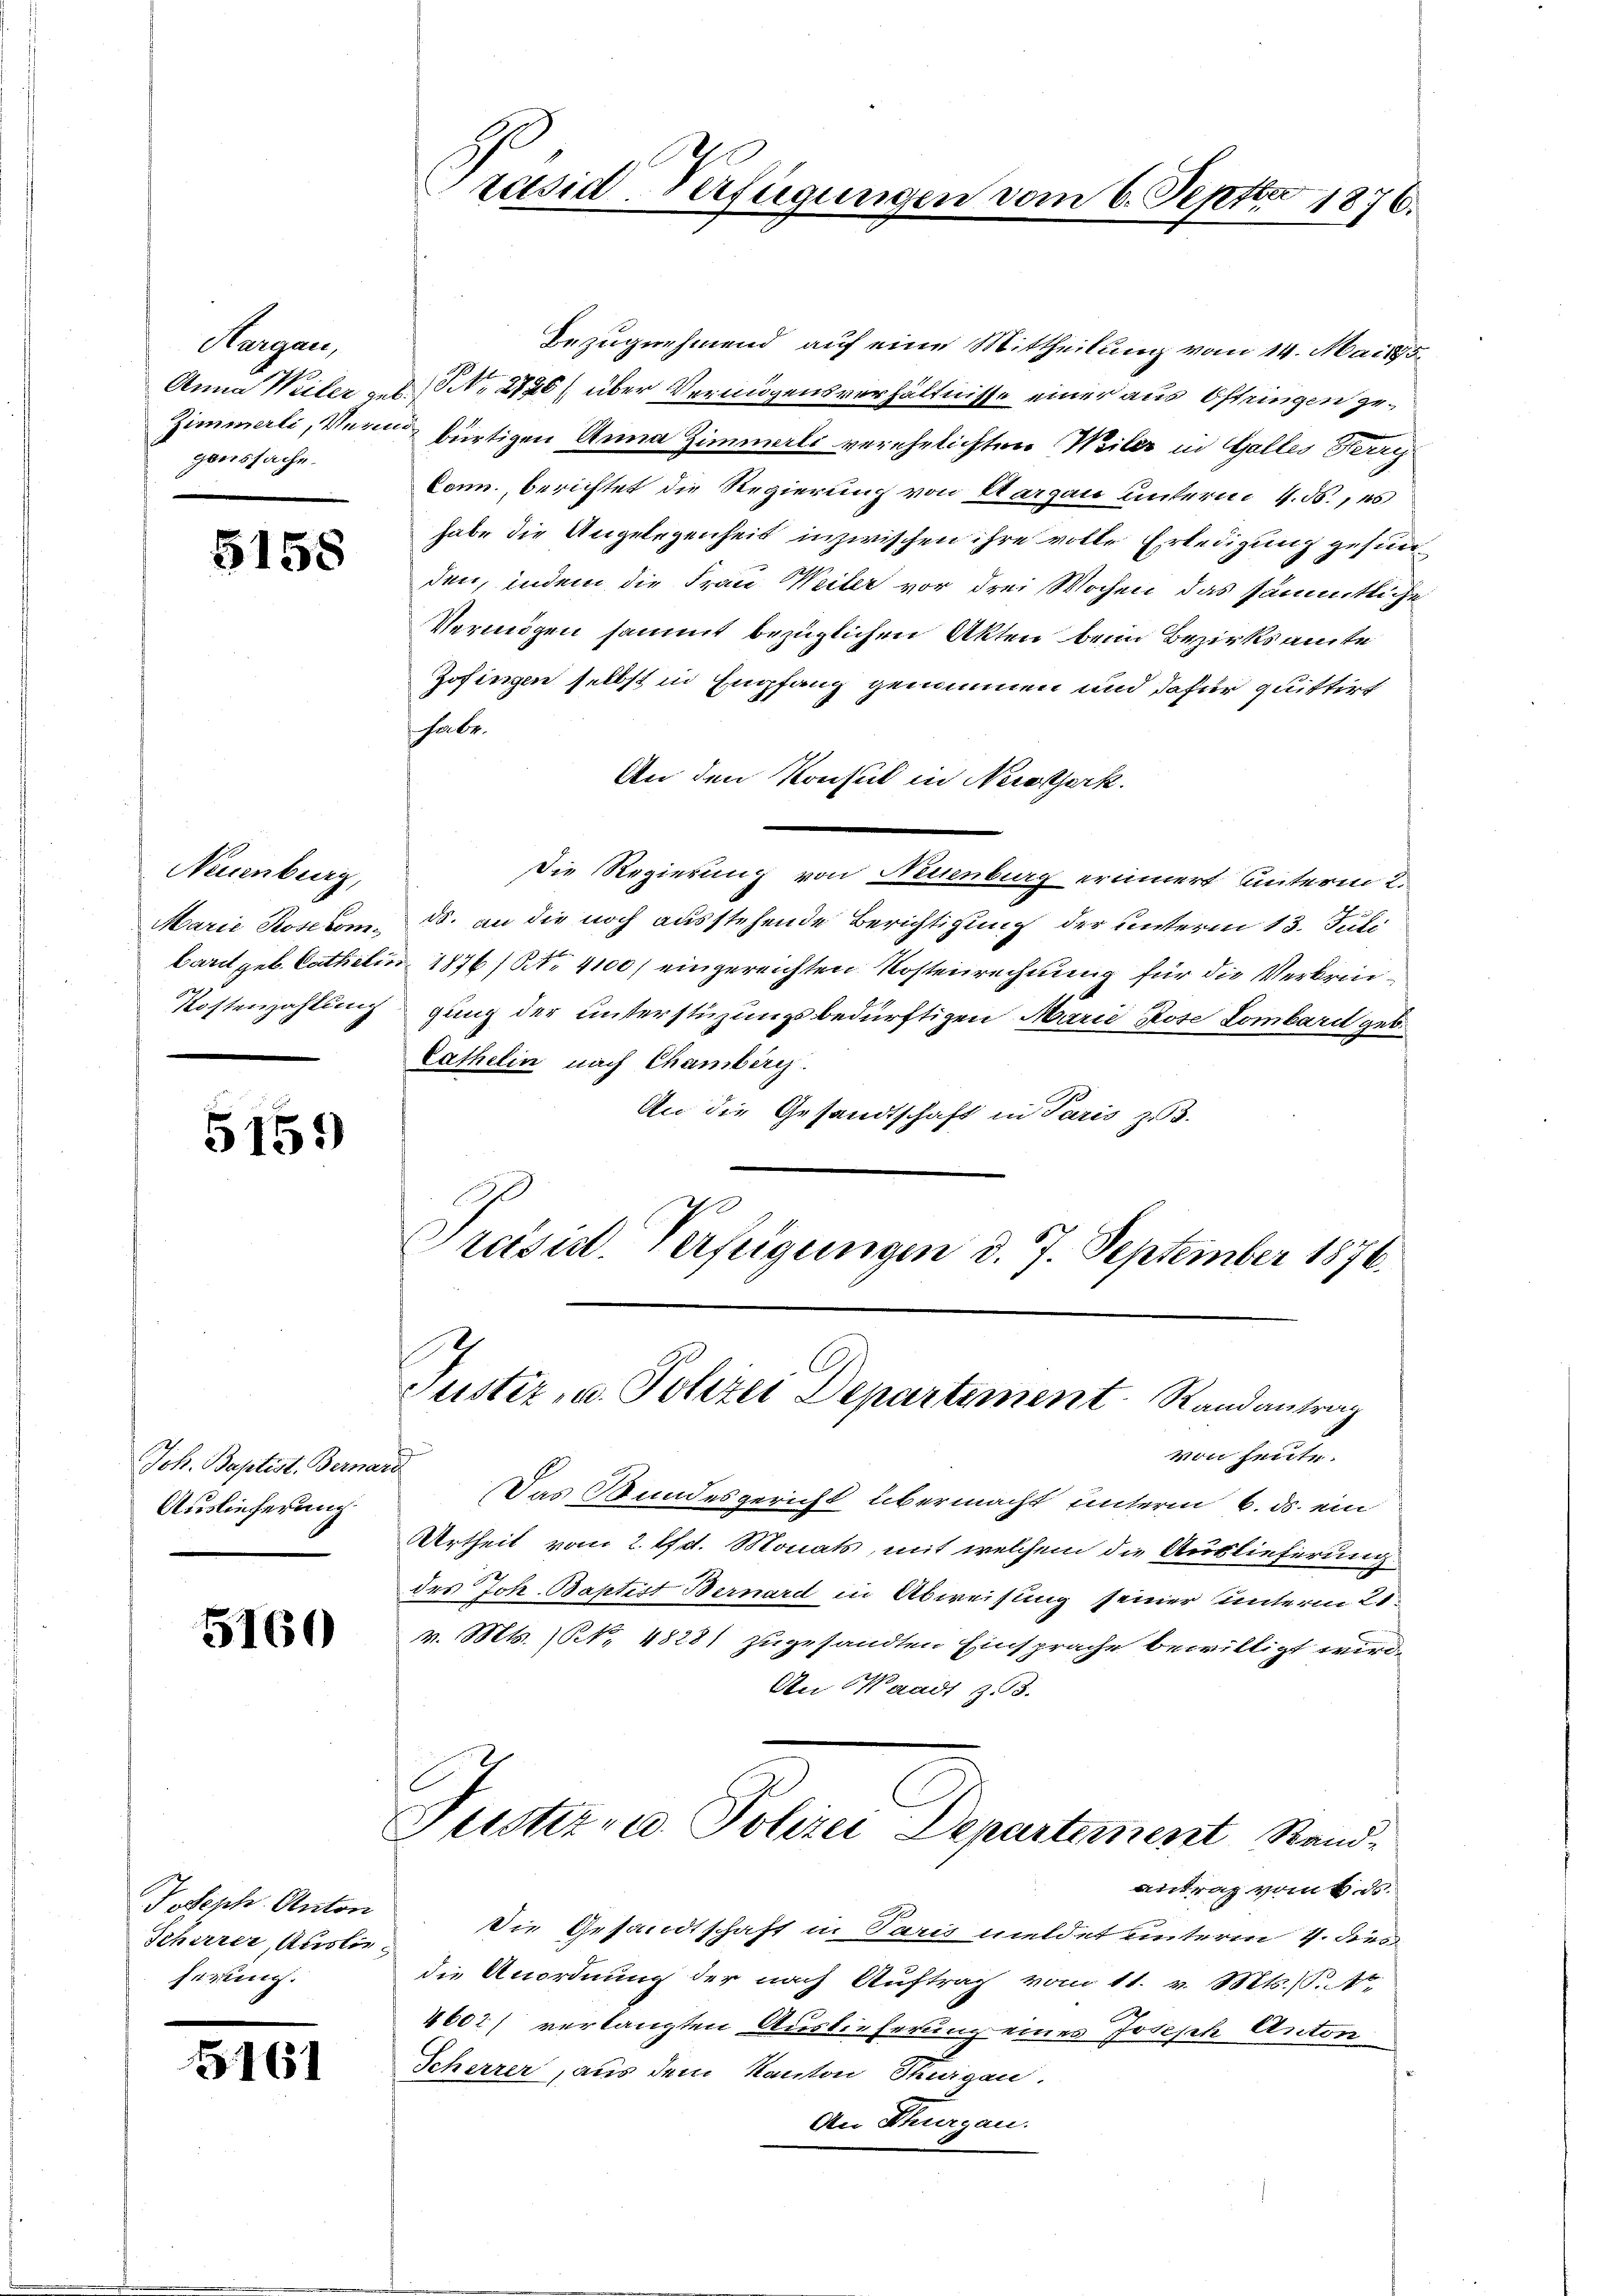
Aargau,
Anna Weiler zu
gorssache.

5158

Neuenburg,
Marie Rosekombarit, geb. Catholis.
Kostenzahlung

5159

Joh. Baptist, Bernari
Auslieferung.

5160

ISeph Anton
Schirrer, Auslieserun

5161

rätsid-Verfügungen vom 6. Septbr 1876.

Bezugnehmend auf eine Mittheilung vom 14. Mai 195.
NNo. 2126) über Vermögensverhältnisse einer aus Oftringen ge¬
Zimmerli, Verne bürtigen Anna Zimmerli verehelichten Weiler in Galles Herrg
Conn., berichtet die Regierung von Aargau unterm 4. ds., es
habe die Angelegenheit inzwischen ihre volle Erledigung gesunden, indem die Frau Weiler vor drei Wochen das sämmtliche
Vermögen sammt bezüglichen Akten beim Bezirksamte
Zofingen selbst in Empfang genommen und dafür quittirt
habe.
An den Konsul in Neuesterk
Die Regierung von Neuenburg erinnert unterm 2.
d. an die noch ausstehende Berichtigung der unterm 13. Juli
1876/ NNo. 4100) eingereichten Kostenrechnung für die Verbringung der unterstüzungsbedürftigen Marie Pose Lombard geb.
Cathelin nach Chamberg.
An die Gesandtschaft in Paris z. B.
Preisirt. Verfügungen d. 7. September 1876.

Justiz, u. Polizei Departement. Randantrag
von heute.

Das Wundesgericht übermacht unterm 6. ds. ein
Urtheil vom 2. lfdt. Monats, mit welchem die Auslieferung
des Joh. Baptist Bernard in Abweisung seiner unterm 21.
v. Mts. (N. 4828) zugesandten Einsprache bewilligt wird.
An Waadt z.8.
Justiz- u. Polizei Departement Randantrag vom 6. ds.
Die Gesandtschaft in Paris meldet unterm 4. Fen
die Anordnung der nach Auftrag vom 11. v. Mts. S. Ar
4602) verlangten Auslieferung eines Joseph Anton
Scherzer, aus dem Kanton Steigen.
An Thurgau.